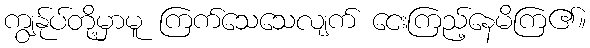
ကျွန်ုပ်တို့မှာမူ ကြက်သေသေလျက် ငေးကြည့်နေမိကြ၏။